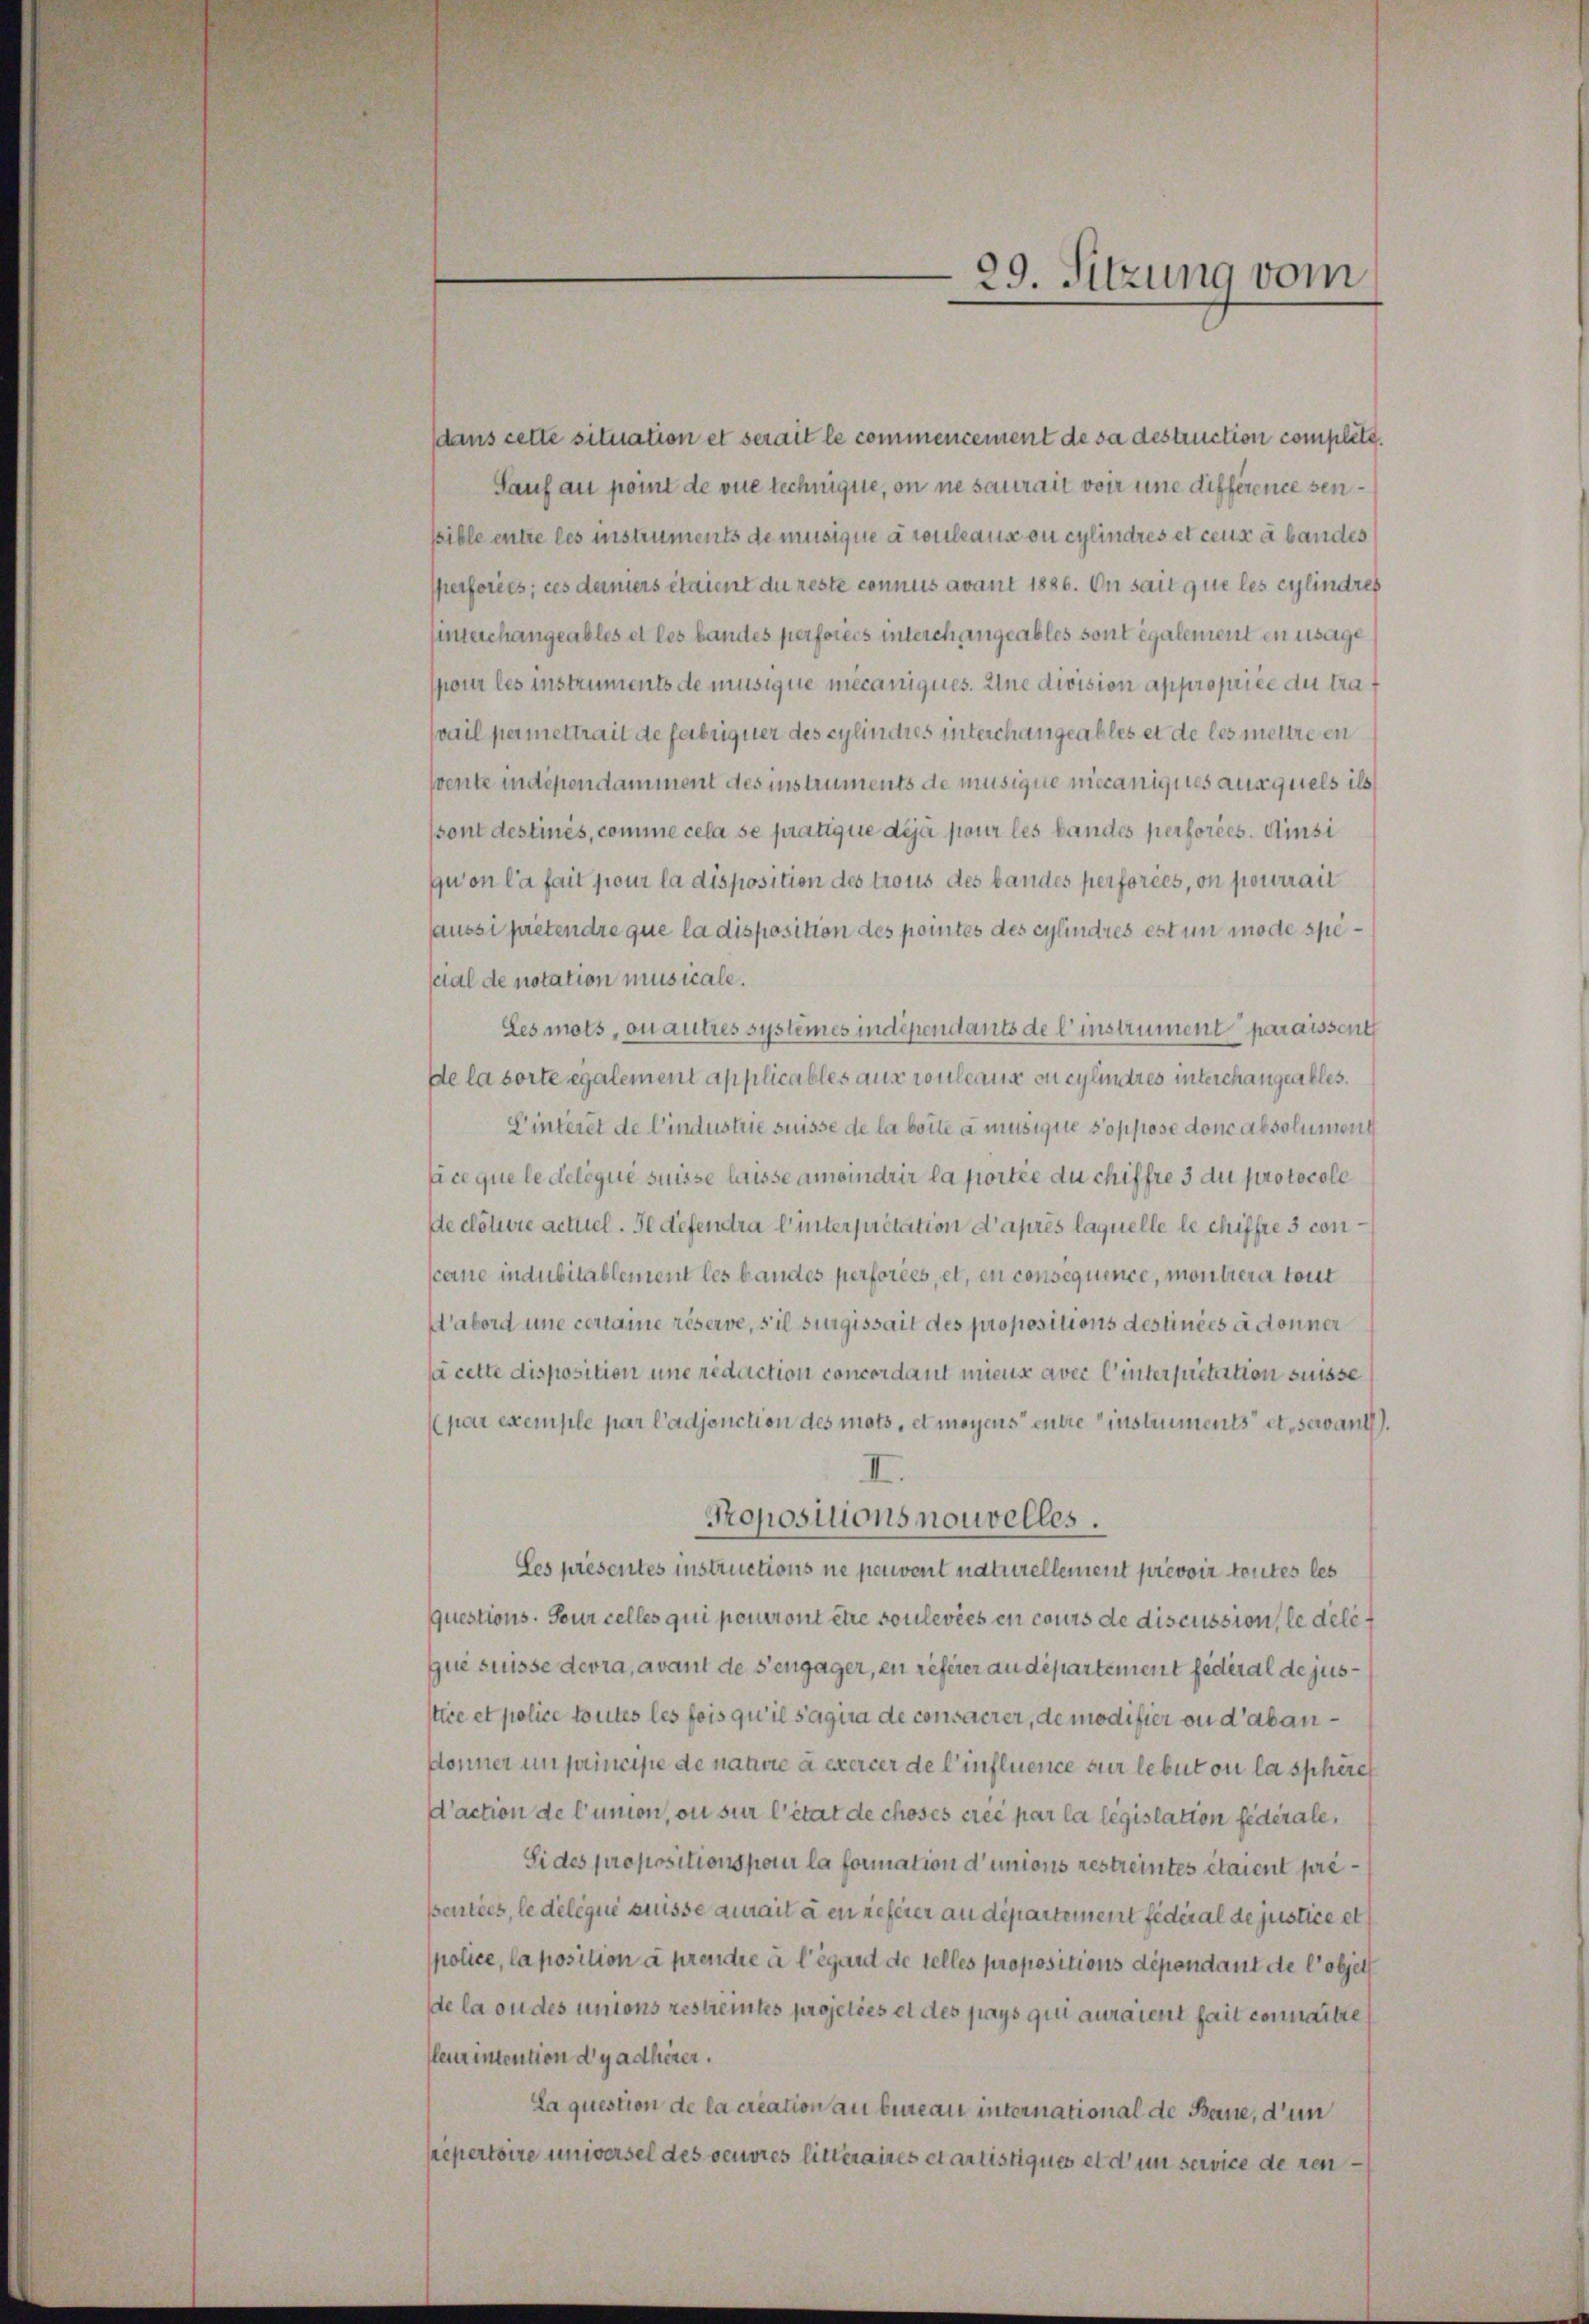
99. Sitzung vom

dans cette situation et serait le commencement de sa destruction complitt.
Sauf an pomt de vue technigne, on ne saurait voir une différence senssible entre les instruments de musique à couleaus ou cylindres et ceux à bandes
sperforces; ces daniers étaient du reste connus avant 1886. In sait que les cylindres
perchangeables et les bandes perfordes interch angeables sont également in usage
pour les instruments de musigne mecaniques. Une division appropriée du traf
vail permettrait de fabriquer des cylindies interchangsables et de les mettre en
svente indépendamment des instruments de musique necaniques auxquels ils
ssont destinés, comme cela se pratique déjà pour les bandes perfordes. Ainsi
gwon la fait pour la disposition des trous des bandes perforces, on pourrait
aussi pretendre que la disposition des pointes des cylindres est um mode spescial de notation musicale.
Les mots, ou autres systèmes indépendants de l’instrument paraissent
de la sorte egalement applicables aus rouleaux ou cylindres interchangsables.
Einteret de l’industrie suisse de la beite a musique s’oppose donc absolumend
fice que le deliqué suisse laisse ameindrir la portie du chiffre 3 du protocoll
ste clotiore acturel. Il defendra l’interpretation d’après laquelle le chiffre 3 conscerne indubitablement les bandes perforées, et, en consequence, montrera tout
d’abord une certaine réserve, s’il surgissait des propositions destinées a donner
sa cette disposition une redaction concordant mieux avec l’intersitation suisse
(par exemple par l’adjonction des mots, et moyens entre instruments et sewand.
II
Propositions nouvelles.
Les présentes instructions ne peuvent naturellement prevoir toutes les
questions. Feur celles qui pourront être soulevées en cours de discussion, le dele f
que suisse devra, avant de s’engager, en referer audepartement fédéral de jusstice et police toutes les fois qu’il s’aqua de consacrer, de modifier ou d’abandonner un principe de nature à exercer de l’influence sur lebut ou laspheret
d’action de l’union, ou sur l’état de choses créé par la législation fédérale,
Sides propositions pour la formation d’unions restreintes étaient prépenties, le délégué suisse aurait à en referer au département fédéral de justice et
police, la position à prendre à l’égant de telles propositions dépendant de l’objet
de la ou des unions restreintes projeties et des pays qui auraient hait connaitte
fleurentention d’y adhirer.
La question de la creation au bureau international de Baue, dun
repertoire universel des oeuvres litteraires et artistiques et d’un service de ren